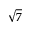
\sqrt { 7 }